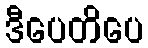
ဒီပေတိပေ